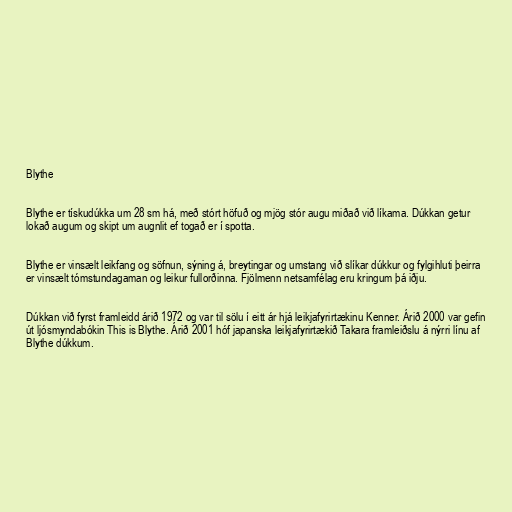
Blythe

Blythe er tískudúkka um 28 sm há, með stórt höfuð og mjög stór augu miðað við líkama. Dúkkan getur
lokað augum og skipt um augnlit ef togað er í spotta.

Blythe er vinsælt leikfang og söfnun, sýning á, breytingar og umstang við slíkar dúkkur og fylgihluti þeirra
er vinsælt tómstundagaman og leikur fullorðinna. Fjölmenn netsamfélag eru kringum þá iðju.

Dúkkan við fyrst framleidd árið 1972 og var til sölu í eitt ár hjá leikjafyrirtækinu Kenner. Árið 2000 var gefin
út ljósmyndabókin This is Blythe. Árið 2001 hóf japanska leikjafyrirtækið Takara framleiðslu á nýrri línu af
Blythe dúkkum.